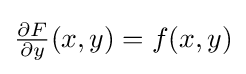
{\textstyle {\frac {\partial F}{\partial y}}(x,y)=f(x,y)}